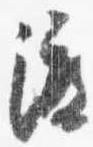
渡